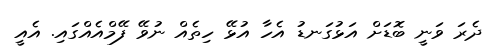
ދެރަ ވަނީ ބޮޑަށް އަޅުގަނޑު އެހާ އުޅޭ ހިތެއް ނުވޭ ފޭމްއެއްގައި. އެއީ